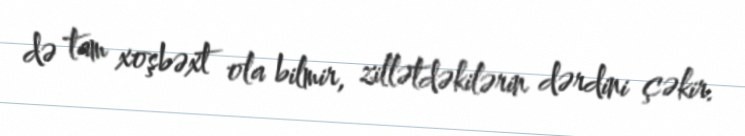
də tam xoşbəxt ola bilmir, zillətdəkilərin dərdini çəkir.